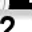
Digit: 2